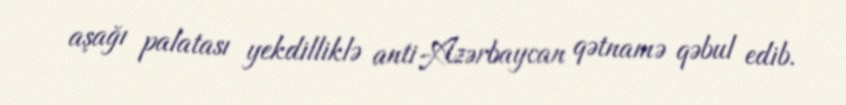
aşağı palatası yekdilliklə anti-Azərbaycan qətnamə qəbul edib.